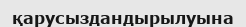
қарусыздандырылуына